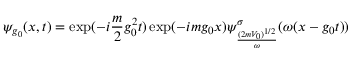
\psi _ { g _ { 0 } } ( x , t ) = \exp ( - i \frac { m } { 2 } g _ { 0 } ^ { 2 } t ) \exp ( - i m g _ { 0 } x ) \psi _ { \frac { ( 2 m V _ { 0 } ) ^ { 1 / 2 } } { \omega } } ^ { \sigma } ( \omega ( x - g _ { 0 } t ) )